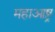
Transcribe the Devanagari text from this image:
महाआष्ट्र